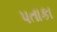
પતાકા